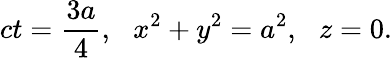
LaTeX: ct=\frac{3a}{4},\, \, \, \, x^{2}+y^{2}=a^{2},\, \, \, \, z=0.